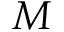
M